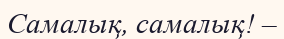
Самалық, самалық! –